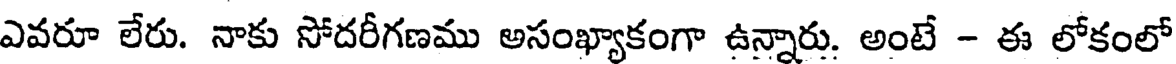
ఎవరూ లేరు. నాకు సోదరీగణము అసంఖ్యాకంగా ఉన్నారు. అంటే - ఈ లోకంలో